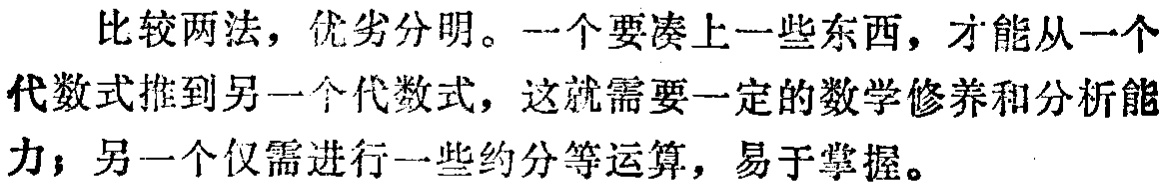
比较两法，优劣分明。一个要凑上一些东西，才能从一个代数式推到另一个代数式，这就需要一定的数学修养和分析能力；另一个仅需进行一些约分等运算，易于掌握。